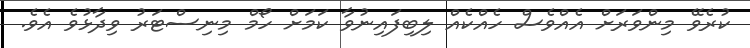
ކުރެވޭ މިންވަރަށް އެއްވެސް ހެއްކެއް ލިބިފައިނުވާ ކަމަށް ހޯމް މިިނިސްޓަރު ވިދާޅުވެ އެވެ.